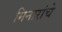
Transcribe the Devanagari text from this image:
मिनारांचे